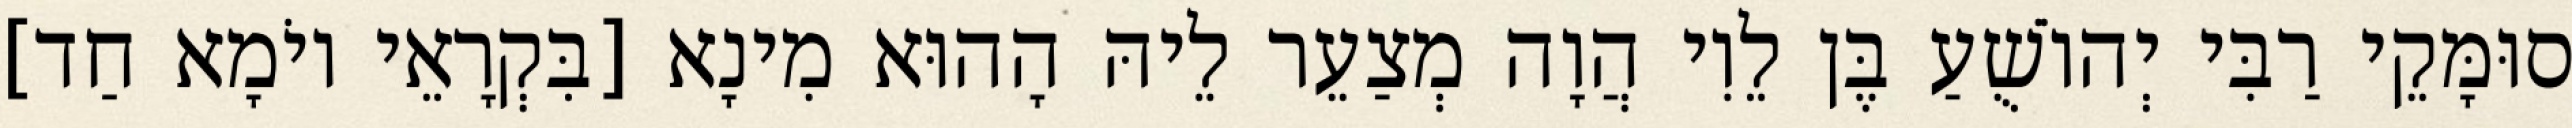
סוּמָּקֵי רַבִּי יְהוֹשֻׁעַ בֶּן לֵוִי הֲוָה מְצַעֵר לֵיהּ הָהוּא מִינָא [בִּקְרָאֵי יוֹמָא חַד]